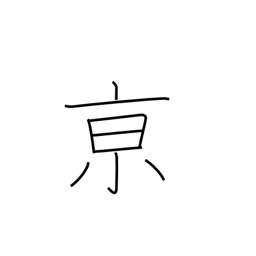
Meaning: capital city